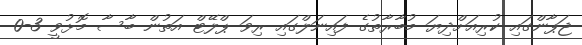
ޖަޕާންގައި ކުރިއަށްދިޔަ މުބާރާތުގެ ފައިނަލްގައި ރިވަ ޕްލޭޓް އަތުން ބާސާ މޮޅުވީ 3-0